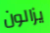
يزالون